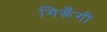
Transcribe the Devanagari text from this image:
गिरूँगी